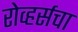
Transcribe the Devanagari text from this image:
रोव्हर्सचा